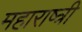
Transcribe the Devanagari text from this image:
महाराष्त्री